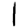
Digit: 1